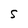
Character: S